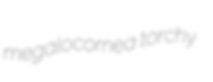
megalocornea torchy